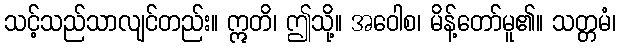
သင့်သည်သာလျင်တည်း။ ဣတိ၊ ဤသို့။ အဝေါစ၊ မိန့်တော်မူ၏။ သတ္တမံ၊